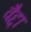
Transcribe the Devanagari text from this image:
वैद्दा